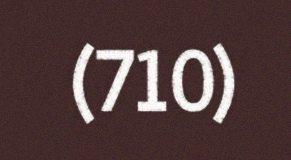
(710)